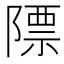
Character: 䧣